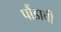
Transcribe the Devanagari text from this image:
पौंडाची